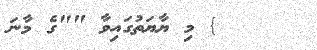
} މި ޔާޔަތުގައިވާ ""ގެ މާނަ